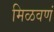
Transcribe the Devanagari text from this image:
मिळवणं